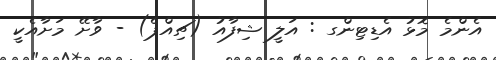
އެންމެ މޮޅު އެޑިޓިންގ : އަލީ ޝިފާއު (ޗިއްޕެ) - ވާށޭ މަށާއެކީ